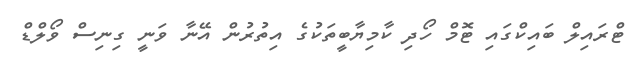
ޓްރައިލް ބައިކްގައި ޓޮމް ހޯދި ކާމިޔާބީތަކުގެ އިތުރުން އޭނާ ވަނީ ގިނިސް ވޯލްޑް